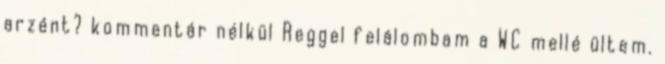
arzént? kommentár nélkül Reggel felálombam a WC mellé ültem.